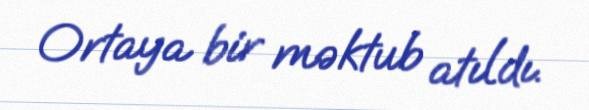
Ortaya bir məktub atıldı.